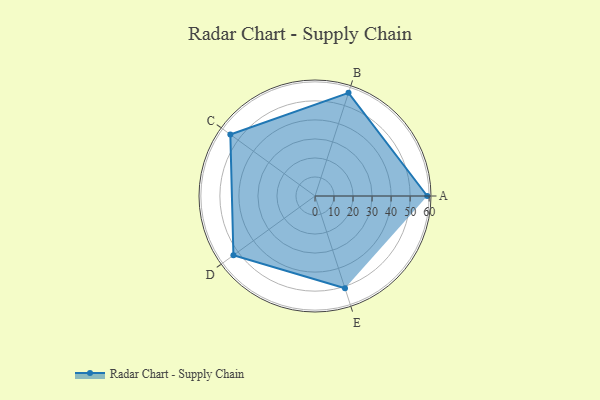
{"axis": {"x": "Skill", "y": "Score"}, "legend": ["Profile"], "data": [{"x": "A", "y": 59.0, "type": "Profile"}, {"x": "B", "y": 57.0, "type": "Profile"}, {"x": "C", "y": 55.0, "type": "Profile"}, {"x": "D", "y": 53.0, "type": "Profile"}, {"x": "E", "y": 51.0, "type": "Profile"}]}